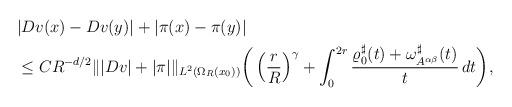
LaTeX: \begin{align*}\begin{aligned}&|Dv(x)-Dv(y)|+|\pi (x)- \pi(y)|\\&\le C R^{-d/2}\||Dv|+|\pi|\|_{L^2(\Omega_{R}(x_0))}\bigg(\left(\frac{r}{R}\right)^{\gamma} +\int_0^{2r} \frac{\varrho^\sharp_0(t)+\omega^\sharp_{A^{\alpha\beta}}(t)}{t}\,dt\bigg),\end{aligned}\end{align*}